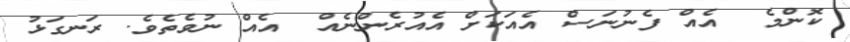
ކޮންމެ  އެއް ފެނުނަސް އެއަކަށް އެއުރެންނެއް  އެއް ނުވެތެވެ. ރަނގަޅު